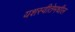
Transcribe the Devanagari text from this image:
यशस्वीतेमधील